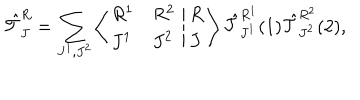
{ \hat { \cal T } } _ { J } ^ { R } = \sum _ { J ^ { 1 } , J ^ { 2 } } \left\langle \begin{array} { l l } { { R ^ { 1 } } } & { { R ^ { 2 } } } \\ { { J ^ { 1 } } } & { { J ^ { 2 } } } \\ \end{array} \right. \left| \begin{array} { l } { { R } } \\ { { J } } \\ \end{array} \right\rangle { \hat { \cal T } } _ { J ^ { 1 } } ^ { R ^ { 1 } } ( 1 ) { \hat { \cal T } } _ { J ^ { 2 } } ^ { R ^ { 2 } } ( 2 ) ,